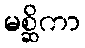
မစ္ဆိကာ